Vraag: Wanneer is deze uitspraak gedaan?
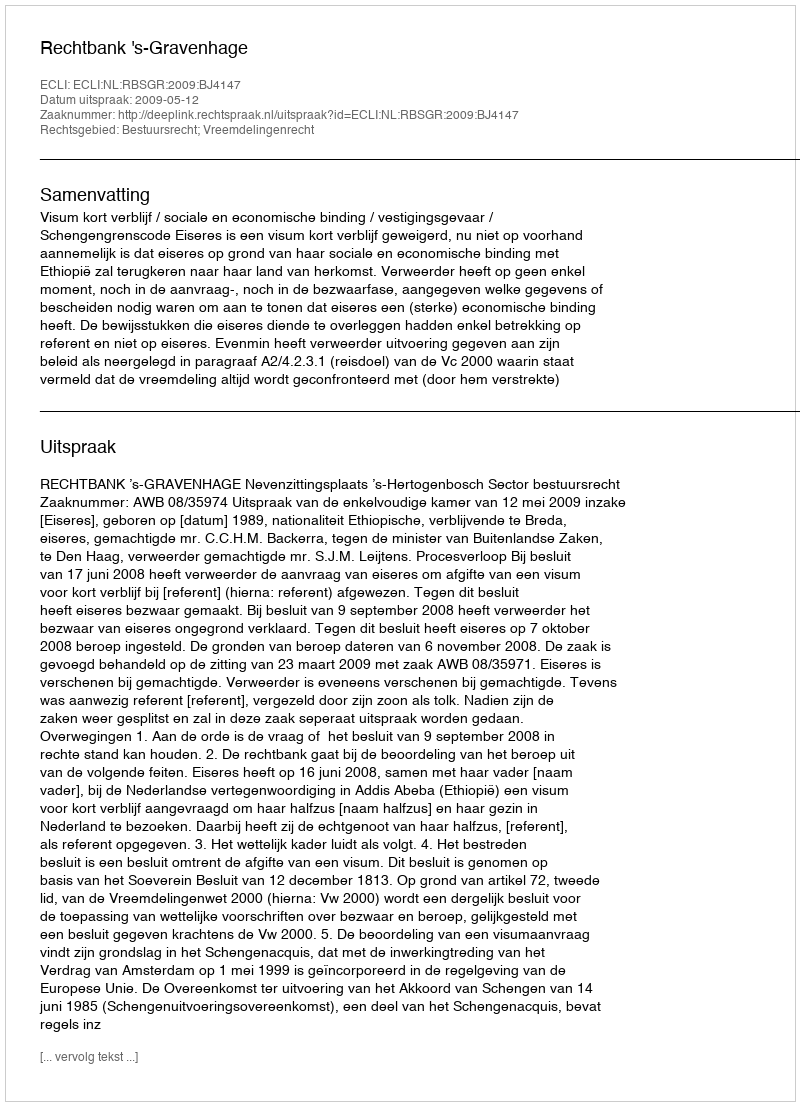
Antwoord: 2009-05-12